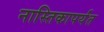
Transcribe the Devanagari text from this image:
नास्तिकापर्यंत